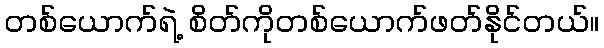
တစ်ယောက်ရဲ့ စိတ်ကိုတစ်ယောက်ဖတ်နိုင်တယ်။